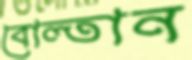
বোল্তান